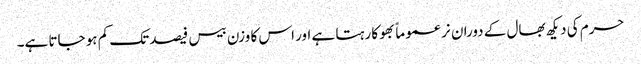
حرم کی دیکھ بھال کے دوران نر عموماً بھوکا رہتا ہے اور اس کا وزن بیس فیصد تک کم ہو جاتا ہے۔